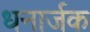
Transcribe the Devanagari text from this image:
धनार्जक